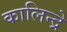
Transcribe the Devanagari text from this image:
कालिन्द्रे